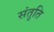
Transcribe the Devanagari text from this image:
संतुति